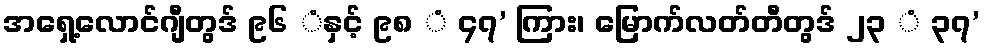
အရှေ့လောင်ဂျီတွဒ် ၉၆ ံနှင့် ၉၈ ံ ၄၇’ ကြား၊ မြောက်လတ်တီတွဒ် ၂၃ ံ ၃၇’